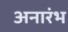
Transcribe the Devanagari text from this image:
अनारंभ